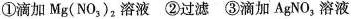
①滴加Mg(NO5)，溶液②过滤③滴加AgNO，溶液